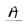
Character: A